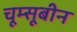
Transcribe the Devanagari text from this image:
चूम्सूबीन